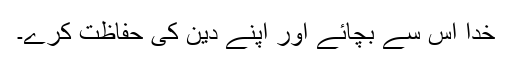
خدا اس سے بچائے اور اپنے دین کی حفاظت کرے۔